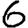
Digit: 6